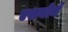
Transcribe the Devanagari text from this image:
एशबोर्न